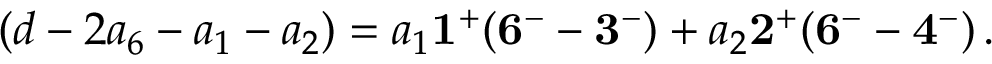
( d - 2 a _ { 6 } - a _ { 1 } - a _ { 2 } ) = a _ { 1 } { \bf 1 ^ { + } } ( { \bf 6 ^ { - } } - { \bf 3 ^ { - } } ) + a _ { 2 } { \bf 2 ^ { + } } ( { \bf 6 ^ { - } } - { \bf 4 ^ { - } } ) \, .